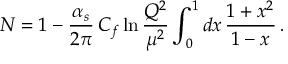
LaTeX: { \cal N } = 1 - { \frac { \alpha _ { s } } { 2 \pi } } \, C _ { f } \ln { \frac { Q ^ { 2 } } { \mu ^ { 2 } } } \int _ { 0 } ^ { 1 } d x \, { \frac { 1 + x ^ { 2 } } { 1 - x } } \, .